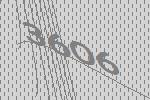
3606